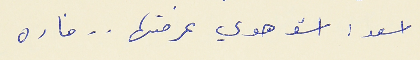
اسعد : اشو هوي عرفتها . . فاره